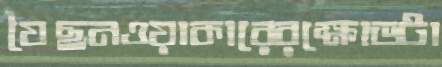
যৈছনওয়াকারেরক্ষোভটা